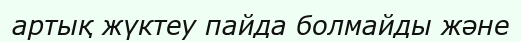
артық жүктеу пайда болмайды және